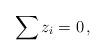
LaTeX: \begin{align*}\sum z_i = 0 \, ,\end{align*}